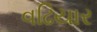
વઢિયાર